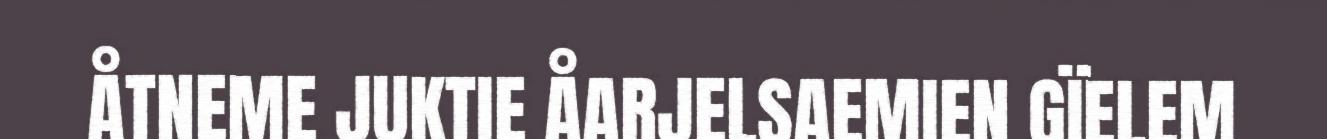
ÅTNEME JUKTIE ÅARJELSAEMIEN GÏELEM